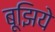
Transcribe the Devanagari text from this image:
बूझिये